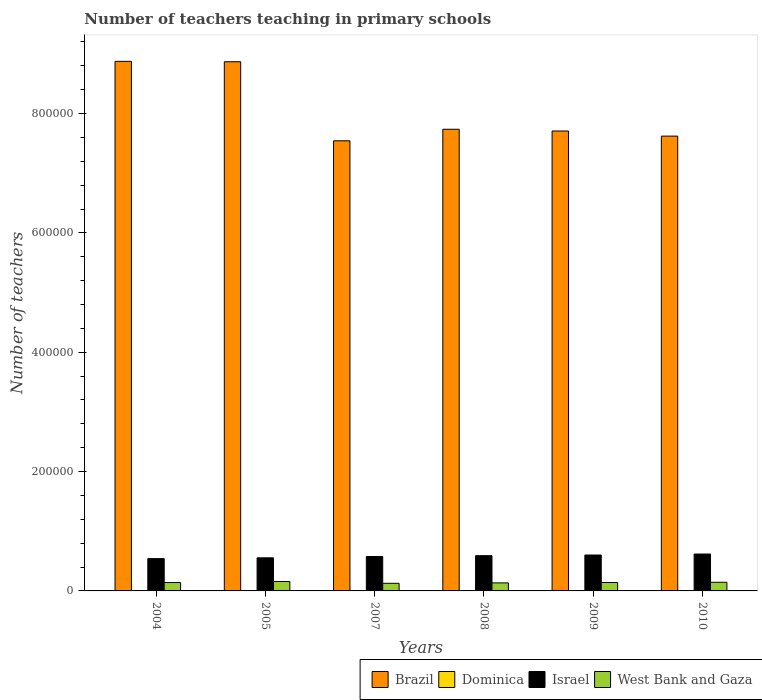
| Years | Brazil | Dominica | Israel | West Bank and Gaza |
 | --- | --- | --- | --- | --- |
 | 2004 | 8.87e+05 | 519 | 5.41e+04 | 1.4e+04 |
 | 2005 | 8.87e+05 | 519 | 5.55e+04 | 1.58e+04 |
 | 2007 | 7.54e+05 | 499 | 5.77e+04 | 1.28e+04 |
 | 2008 | 7.74e+05 | 500 | 5.91e+04 | 1.34e+04 |
 | 2009 | 7.71e+05 | 510 | 6.02e+04 | 1.41e+04 |
 | 2010 | 7.62e+05 | 508 | 6.18e+04 | 1.45e+04 |